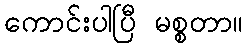
ကောင်းပါပြီ မစ္စတာ။